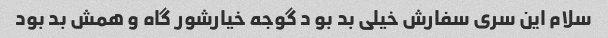
سلام این سری سفارش خیلی بد بو د گوجه خیارشور گاه و همش بد بود